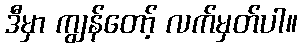
ဒီမှာ ကျွန်တော့် လက်မှတ်ပါ။